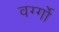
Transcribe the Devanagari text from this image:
वर्ग्गो